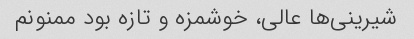
شیرینی‌ها عالی، خوشمزه و تازه بود ممنونم